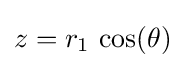
z=r_{1}\,\cos(\theta )